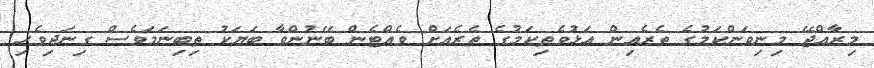
މިރާއްޖޭ މިނިވަންކަމުގެ ތެރެއިން އަޅުވެތިކަމުގެ ތެރެއަށް ވެއްޓެން ބޭނުންވާ ބަޔަކު ތިބިނަމަވެސް ގިނަދިވެހި